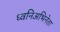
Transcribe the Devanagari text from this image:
ध्वनिअभिनेता